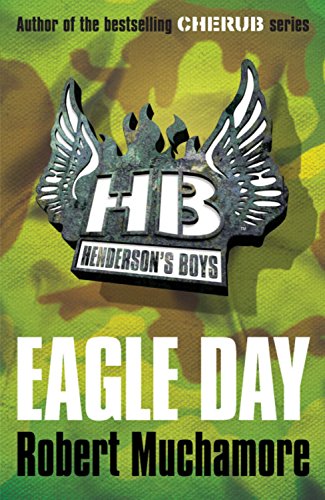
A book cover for Eagle Day (Henderson's Boys); Robert Muchamore; Teen & Young Adult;